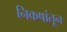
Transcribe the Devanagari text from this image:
निकषांतून